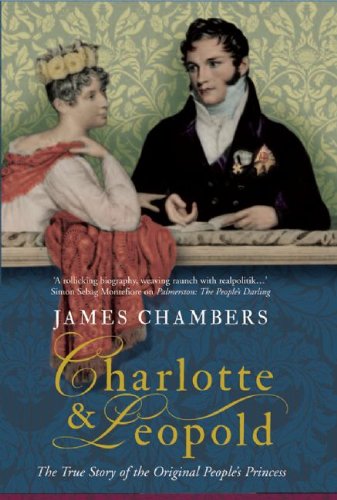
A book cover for Charlotte & Leopold: The True Story of The Original People's Princess; James Chambers; History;